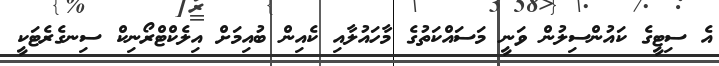
އެ ސިޓީގެ ކައުންސިލުން ވަނީ މަސައްކަތުގެ މާހައުލާއި ކެއިން ބުއިމަށް އިލެކްޓްރޯނިކް ސިނގެރެޓަކީ